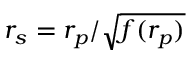
r _ { s } = r _ { p } / \sqrt { f ( r _ { p } ) }